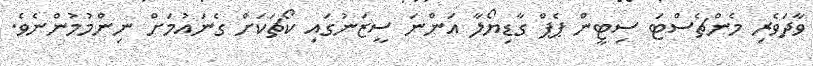
ވާދަވެރި މެންޗެސްޓަ ސިޓީން ޕެޕް ގާޑިޔޯލާ އަންނަ ސީޒަނުގައި ކޯޗަކަށް ގެނައުމަށް ނިންމުމުންނެވެ.